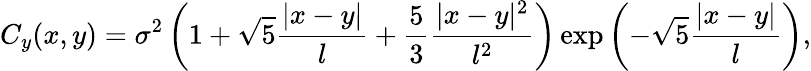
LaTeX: C_{y}(x,y)=\sigma^{2}\left(1+\sqrt{5}\frac{|x-y|}{l}+\frac{5}{3}\frac{|x-y|^{2}}{l^{2}}\right)\exp\left(-\sqrt{5}\frac{|x-y|}{l}\right),